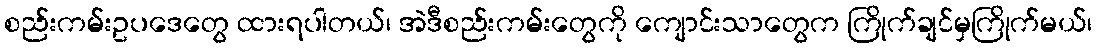
စည်းကမ်းဥပဒေတွေ ထားရပါတယ်၊ အဲဒီစည်းကမ်းတွေကို ကျောင်းသာတွေက ကြိုက်ချင်မှကြိုက်မယ်၊